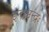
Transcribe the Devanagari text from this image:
इन्द्रश्चन्द्रः